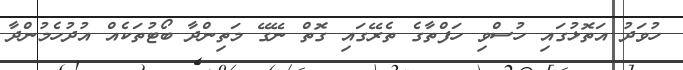
ހުވަދު އަތޮޅުގައި ހުސްވި ހަފްތާގެ ތެރޭގައި ގޮތް ނޭގޭ މަތިންދާ ބޯޓުތަކެއް އުދުހެމުންދާ